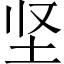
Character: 坚